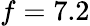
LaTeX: f=7.2